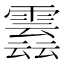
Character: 𩅣